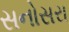
સનોસરા